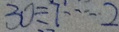
3 0 \div 7 \cdots 2